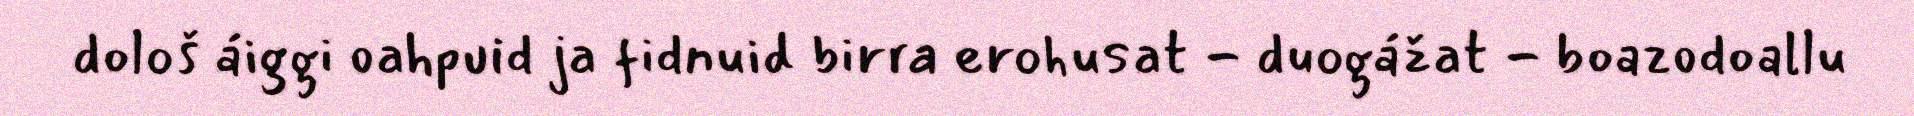
dološ áiggi oahpuid ja fidnuid birra erohusat - duogážat - boazodoallu